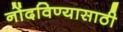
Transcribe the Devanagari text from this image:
नोंदविण्यासाठी